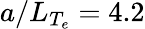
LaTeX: a/L_{T_{e}}=4.2